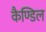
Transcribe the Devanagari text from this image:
कैण्डिल